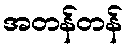
အတန်တန်